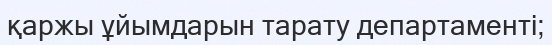
қаржы ұйымдарын тарату департаменті;